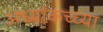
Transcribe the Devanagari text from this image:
अर्ध्याकच्च्या